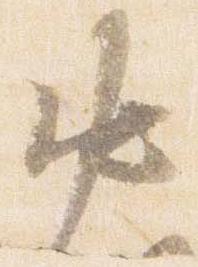
中